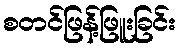
စတင်ဖြန့်ဖြူးခြင်း